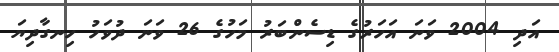
އަދި 2004 ވަނަ އަހަރުގެ ޑިސެންބަރު މަހުގެ 26 ވަނަ ދުވަހު ހިނގާދިޔަ